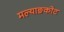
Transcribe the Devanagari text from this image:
मल्याङकोट